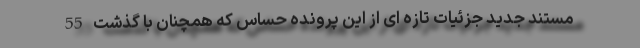
مستند جدید جزئیات تازه ای از این پرونده حساس که همچنان با گذشت 55